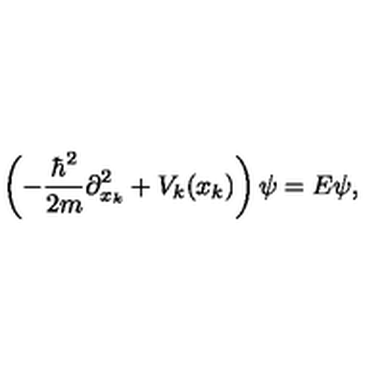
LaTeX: \left( - { \frac { \hbar ^ { 2 } } { 2 m } } \partial _ { x _ { k } } ^ { 2 } + V _ { k } ( x _ { k } ) \right) \psi = E \psi ,